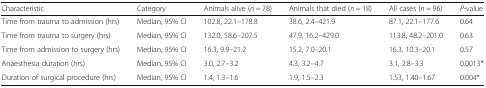
<table><thead><tr><td><b>Characteristic</b></td><td><b>Category</b></td><td><b>Animals alive (<i>n</i> = 78)</b></td><td><b>Animals that died (<i>n</i> = 18)</b></td><td><b>All cases (<i>n</i> = 96)</b></td><td><b><i>P</i>-value</b></td></tr></thead><tbody><tr><td>Time from trauma to admission (hrs)</td><td>Median, 95% CI</td><td>102.8, 22.1–178.8</td><td>38.6, 2.4–421.9</td><td>87.1, 22.1–177.6</td><td>0.64</td></tr><tr><td>Time from trauma to surgery (hrs)</td><td>Median, 95% CI</td><td>132.0, 58.6–207.5</td><td>47.9, 16.2–429.0</td><td>113.8, 48.2–201.0</td><td>0.63</td></tr><tr><td>Time from admission to surgery (hrs)</td><td>Median, 95% CI</td><td>16.3, 9.9–21.2</td><td>15.2, 7.0–20.1</td><td>16.3, 10.3–20.1</td><td>0.57</td></tr><tr><td>Anaesthesia duration (hrs)</td><td>Median, 95% CI</td><td>3.0, 2.7–3.2</td><td>4.3, 3.2–4.7</td><td>3.1, 2.8–3.3</td><td>0.0013*</td></tr><tr><td>Duration of surgical procedure (hrs)</td><td>Median, 95% CI</td><td>1.4, 1.3–1.6</td><td>1.9, 1.5–2.3</td><td>1.53, 1.40–1.67</td><td>0.004*</td></tr></tbody></table>